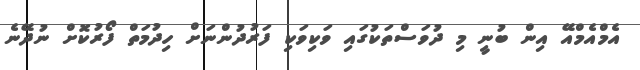
އެމްއެމްއޭ އިން ބުނީ މި ދުވަސްތަކުގައި ވަކިވަކި ފަރުދުންނަށް ހިދުމަތް ފޯރުކޮށް ނުދޭނެ